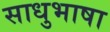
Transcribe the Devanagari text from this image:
साधुभाषा